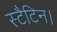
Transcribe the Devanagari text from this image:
स्टैटिन।